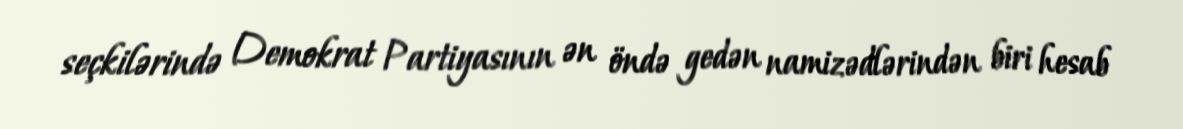
seçkilərində Demokrat Partiyasının ən öndə gedən namizədlərindən biri hesab